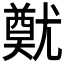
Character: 𡰙